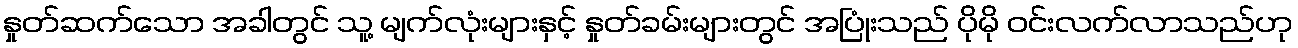
နှုတ်ဆက်သော အခါတွင် သူ့ မျက်လုံးများနှင့် နှုတ်ခမ်းများတွင် အပြုံးသည် ပိုမို ဝင်းလက်လာသည်ဟု